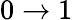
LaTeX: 0\rightarrow 1